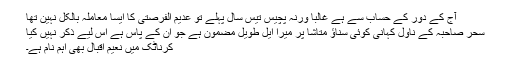
آج کے دور کے حساب سے ہے غالباً ورنہ پچیس تیس سال پہلے تو عدیم الفرصتی کا ایسا معاملہ بالکل نہین تھا
سحر صاحبہ کے ناول کہانی کوئی سناؤ متاشا پر میرا ایل طویل مضمون ہے جو ان کے پاس ہے اس لیے ذکر نہیں کیا
کرناٹک میں نعیم اقبال بھی اہم نام ہے۔